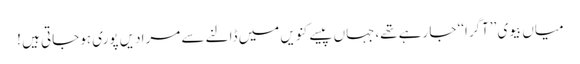
میاں بیوی ’’آگرا‘‘ جا رہے تھے،جہاں پیسے کنویں میں ڈالنے سے مرادیں پوری ہوجاتی ہیں !